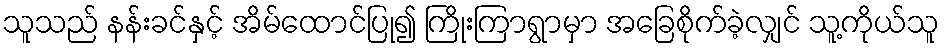
သူသည် နန်းခင်နှင့် အိမ်ထောင်ပြု၍ ကြိုးကြာရွာမှာ အခြေစိုက်ခဲ့လျှင် သူ့ကိုယ်သူ